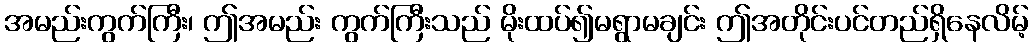
အမည်းကွက်ကြီး၊ ဤအမည်း ကွက်ကြီးသည် မိုးထပ်၍မရွာမချင်း ဤအတိုင်းပင်တည်ရှိနေလိမ့်